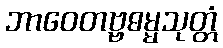
ဘာဝေတဗ္ဗဓမ္မသုတ္တံ